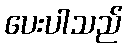
ပေးပါသည်